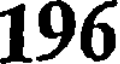
196